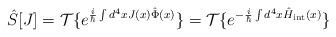
LaTeX: \begin{align*}\hat{S}[J]={\cal T}\{e^{\frac{i}{\hbar}\int d^4 x J(x)\hat{\Phi}(x) } \}={\cal T}\{e^{ -\frac{i}{\hbar}\int d^4 x \hat{H}_{\rm int}(x) } \}\end{align*}